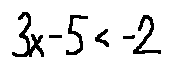
3 x - 5 < - 2